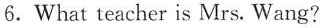
6.What teacher is Mrs. Wang?